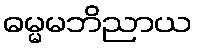
ဓမ္မမဘိညာယ